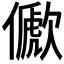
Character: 𠐀